Civil Veterinary Department. Madras. Admin. report 1926-33 - 1926-1933
Year: 1926
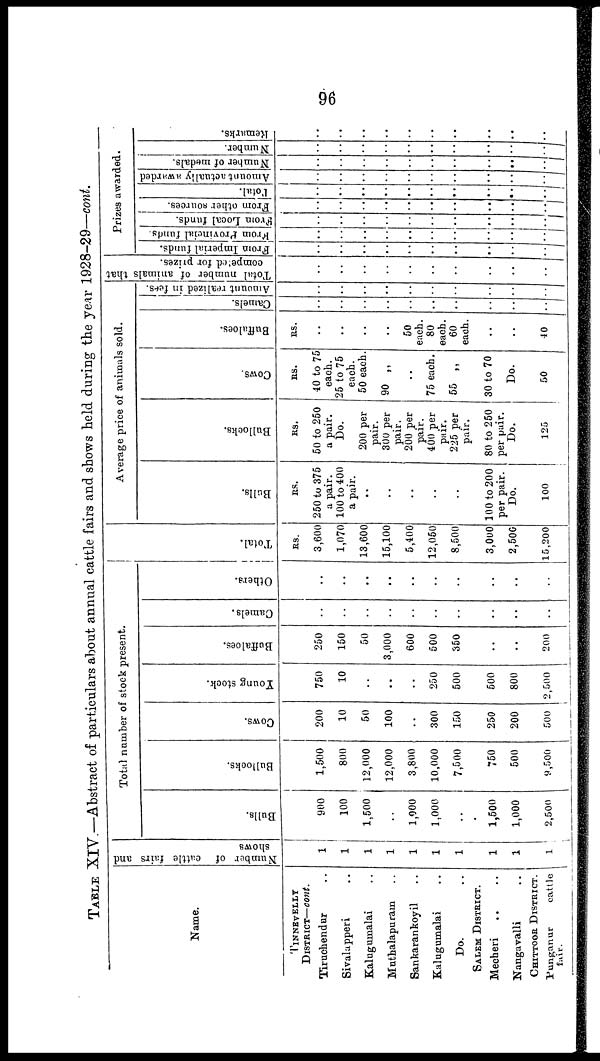
96
TABLE XIV.—Abstract of particulars about annual cattle fairs and shows held during the year 1928-29—cont.
Name.
TINNEVELLY
DISTRICT—cont.
Tiruchendur ..
Sivalapperi ..
Kalugumalai ..
Muthalapuram ..
Sankarankoyil ..
Kalugumalai ..
Do.
SALEM DISTRICT.
Mecheri .. ..
Nangavalli ..
CHITTOOR DISTRICT.
Punganur
cattle
fair.
Number of cattle
fairs and
shows
1
1
1
1
1
1
1
1
1
1
Total number of stock present.
Bulls.
900
100
1,500
..
1,000
1,000
..
1,500
1,000
2,500
Bullocks.
1,500
800
12,000
12,000
3,800
10,000
7,500
750
500
9,500
Cows.
200
10
50
100
..
300
150
250
200
500
Young stock.
750
10
..
..
..
250
500
500
800
2,500
Buffaloes.
250
150
50
3,000
600
500
350
..
..
200
Camels.
..
..
..
..
..
..
..
..
..
..
Others.
..
..
..
..
..
..
..
..
..
..
..
Total.
RS.
3,600
1,070
13,600
15,100
5,400
12,050
8,500
3,000
2.506
15,200
Average price of animals sold.
Bulls.
RS
250 to 375
a pair.
100 to 400
a pair.
..
..
..
..
..
100 to 200
per pair.
Do.
100
Bullocks.
RS.
50 to 250
a pair.
Do.
200 per
pair.
300 per
pair.
200 per
pair.
400 per
pair.
225 per
pair.
80 to 250
per pair.
Do.
125
Cows
RS.
40 to 75
each.
25 to 75
each.
50 each.
90 „
..
75 each.
55 „
30 to 70
Do.
50
Buffaloes.
RS.
..
..
..
..
50
each.
80
each.
60
each.
..
..
40
Camels.
|
..
..
..
..
..
..
..
..
..
..
Amount realized in fees.
..
..
..
..
..
..
..
..
..
..
Total
number of animals that
competed for prizes.
..
..
..
..
..
..
..
..
..
..
Prizes awarded.
From Imperial funds.
..
..
..
..
..
..
..
..
..
..
From Provincial funds.
..
..
..
..
..
..
..
..
..
..
From
Local funds.
..
..
..
..
..
..
..
..
..
..
From other sources.
|
..
..
..
..
..
..
..
..
..
..
Total.
..
..
..
..
..
..
..
..
..
..
Amount actually awarded
..
..
..
..
..
..
..
..
..
..
Number of medals.
..
..
..
..
..
..
..
..
..
..
Number.
..
..
..
..
..
..
..
..
..
..
Remarks.
..
..
..
..
..
..
..
..
..
..